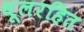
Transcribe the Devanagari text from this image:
धूलरहित